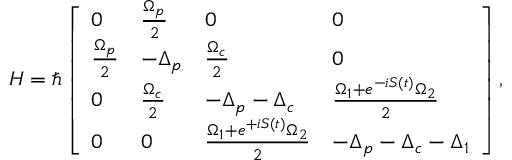
H = \hbar \left[ \begin{array} { l l l l } { 0 } & { \frac { \Omega _ { p } } { 2 } } & { 0 } & { 0 } \\ { \frac { \Omega _ { p } } { 2 } } & { - \Delta _ { p } } & { \frac { \Omega _ { c } } { 2 } } & { 0 } \\ { 0 } & { \frac { \Omega _ { c } } { 2 } } & { - \Delta _ { p } - \Delta _ { c } } & { \frac { \Omega _ { 1 } + e ^ { - i S ( t ) } \Omega _ { 2 } } { 2 } } \\ { 0 } & { 0 } & { \frac { \Omega _ { 1 } + e ^ { + i S ( t ) } \Omega _ { 2 } } { 2 } } & { - \Delta _ { p } - \Delta _ { c } - \Delta _ { 1 } } \end{array} \right] ,